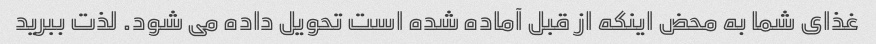
غذای شما به محض اینکه از قبل آماده شده است تحویل داده می شود. لذت ببرید